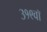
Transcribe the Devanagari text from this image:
३१९वॉ